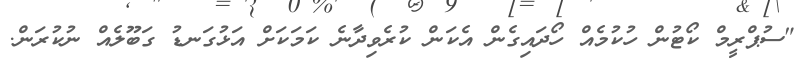
"ސުޕްރީމް ކޯޓުން ހުކުމެއް ހޯދައިގެން އެކަން ކުރެވިދާނެ ކަމަކަށް އަޅުގަނޑު ގަބޫލެއް ނުކުރަން.